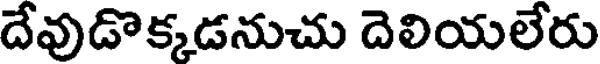
దేవుడొక్కడనుచు దెలియలేరు